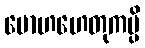
မောဟဟေတုကမ္ပိ